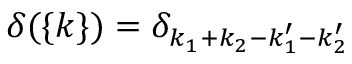
\delta ( \{ k \} ) = \delta _ { k _ { 1 } + k _ { 2 } - k _ { 1 } ^ { \prime } - k _ { 2 } ^ { \prime } }